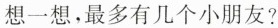
想一想，最多有几个小朋友?